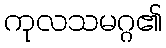
ကုလသမဂ္ဂ၏